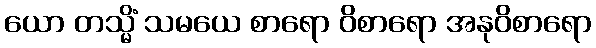
ယော တသ္မိံ သမယေ စာရော ဝိစာရော အနုဝိစာရော